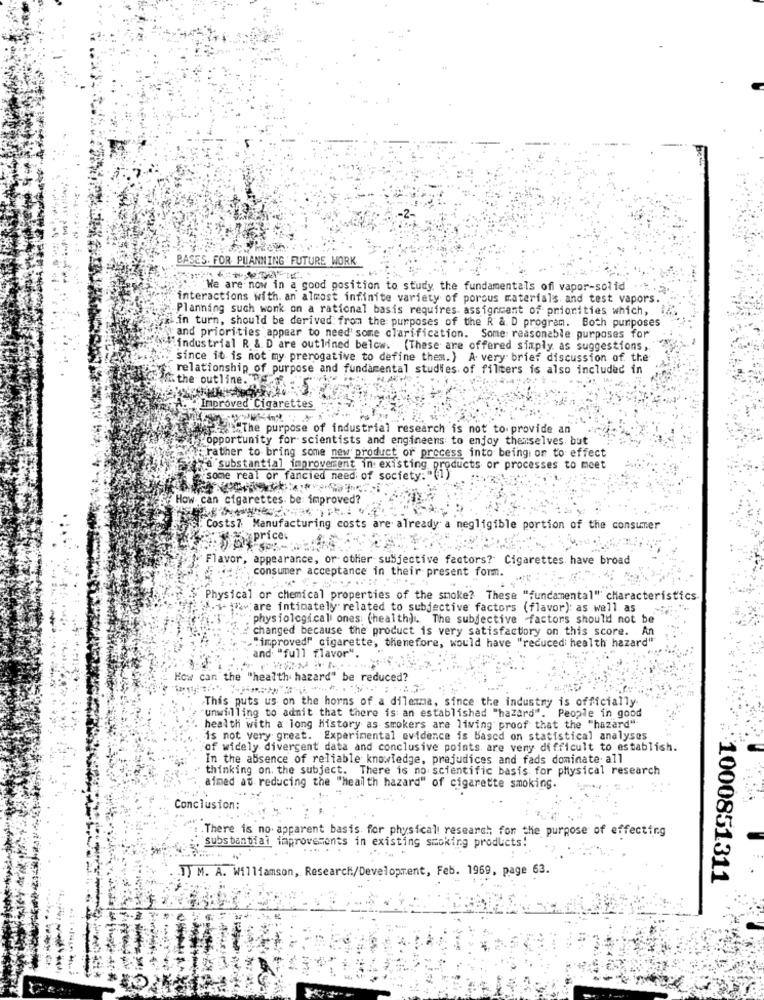
BASES. FOR PLANNING FUTURE WORK
"We are now in a good position to study the fundamentals of vapor-solid
interactions with. an almost infinite variety of porous materials and test vapors
Planning such wonk on a rational basis requires assignment of priorities which,
Fri.in turn, should be derived from the purposes of the R & D program. Both purposes
and priorities appear to need some clarification. Some reasonable purposes for
industrial R & D'are outlined below. (These are offered simply as suggestions,
since it is not my prerogative to define them.) A very brief discussion of the
relationship of purpose and fundamental studies of filters is also included in
the outline. . .
A. Improved Cigarettes
"The purpose of industrial research is not to provide an
"opportunity for scientists and engineens to enjoy themselves but
rather to bring some new product of process into being on to effect
a substantial improvement in existing products or processes to meet
"some real or fancied need of society: "Vi
How can cigarettes. be improved?
. Costs7 Manufacturing costs a
Tready a negligible portion of the consumer
Flavor, appearance, or other subjective factors? Cigarettes have broad
consumer acceptance in their present form.
Physical or chemical properties of the smoke? These "fundamental" characteristics
W.siware intimately related to subjective factors (flavor): as well as
physiologicali ones: (health). The subjective factors should not be
changed because the product is very satisfactory on this score. A
."improved" cigarette, thenefore, would have "reducedi health hazard""
" and "full flavor".
How can the "health hazard" be reduced?
>This puts us on the horns of a dilemma, since the industry is officially.
"unwilling to admit that there is an established "hazard". People in good
health with a long history as smokers are living proof that the "hazard"
is not very great. Experimental evidence is Based on statistical analyses
"of widely divergent data and conclusive points are very difficult to establish.
In the absence of reliable knowledge, prejudices and fads dominate. all
thinking on the subject. There is no scientific basis for physical research
" aimed at reducing the "health hazard" of cigarette smoking.
Conclusion:
: . There is no apparent basis for physical research for the purpose of effectirg
: substantial improvements in existing smoking products!
1) M. A. Williamson, Research/Development, Feb. 1969, page 63.
:1000851311